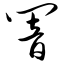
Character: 响